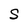
Character: S